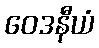
ဝေဒနီယံ